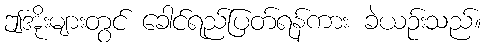
ဤအိုးများတွင် ခေါင်ရည်ပြတ်ရန်ကား ခဲယဉ်းသည်။